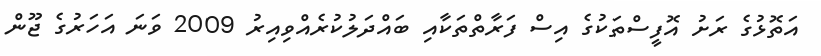
އަތޮޅުގެ ރަށު އޮފީސްތަކުގެ އިސް ފަރާތްތަކާއި ބައްދަލުކުރެއްވިއިރު 2009 ވަނަ އަހަރުގެ ޖޫން